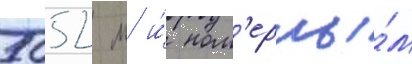
5052 м и́ ном'ерны́м